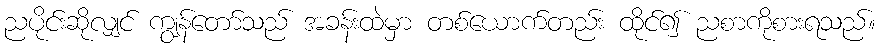
ညပိုင်းဆိုလျှင် ကျွန်တော်သည် အခန်းထဲမှာ တစ်ယောက်တည်း ထိုင်၍ ညစာကိုစားရသည်။